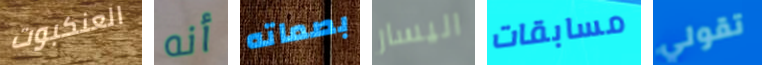
العنكبوت أنه بصماته اليسار مسابقات تقولي